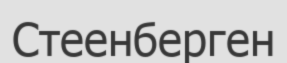
Стеенберген